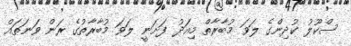
ސްކޫލު ކުދިންގެ ލަވަ މުބާރާތް މިއަދު ފަށަނީ ލަވަ މުބާރާތުގެ ރަން ވަނަތައް